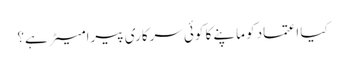
کیا اعتماد کو ماپنے کا کوئی سرکاری پیرامیٹر ہے؟